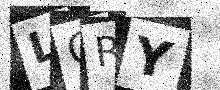
Text: LCRY